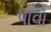
પાવો